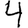
Digit: 4